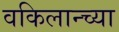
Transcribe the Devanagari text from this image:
वकिलान्च्या